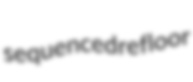
sequenced refloor